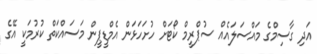
އަދި ގާސިމްގެ މައްސަލައެއް ސުޕްރީމް ކޯޓަށް ހުށަހަޅަން އެމްޑީޕީން މަސައްކަތް ކުރުމަކީ އޭގެ